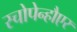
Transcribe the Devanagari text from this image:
स्चोपेन्हौएर